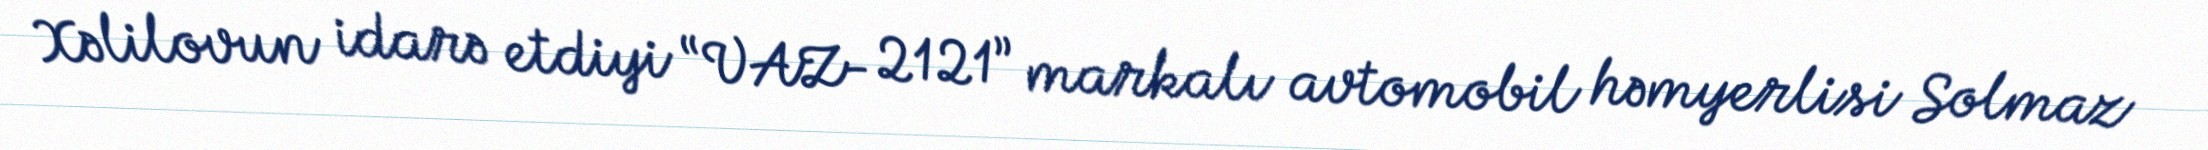
Xəlilovun idarə etdiyi “VAZ- 2121” markalı avtomobil həmyerlisi Solmaz